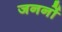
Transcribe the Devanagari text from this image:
जननों